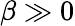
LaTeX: \beta\gg 0